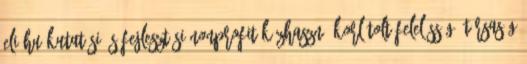
ELI-HU Kutatási és Fejlesztési Nonprofit Közhasznú Korlátolt Felelősségű Társaság